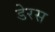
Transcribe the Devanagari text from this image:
डेरस